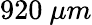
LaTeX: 920\ \mu m